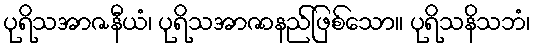
ပုရိသအာဇနီယံ၊ ပုရိသအာဇာနည်ဖြစ်သော။ ပုရိသနိသဘံ၊